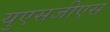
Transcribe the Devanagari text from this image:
युएसजीएस